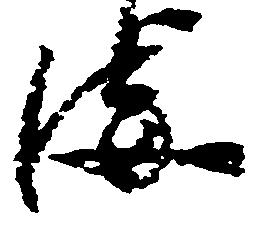
海